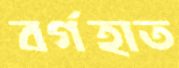
বর্গহাত